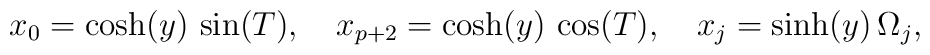
x_0 =  \cosh(y) \,\sin(T),\,\,\,\,\,\, x_{p+2} =  \cosh(y)\,\cos(T), \,\,\,\,\,\, x_j = \sinh(y) \,\Omega_j,